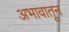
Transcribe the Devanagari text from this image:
अभावातून